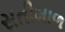
સતીમાળ